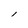
Character: l